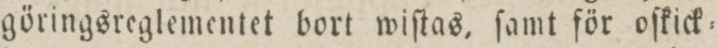
göringsreglementet bort wiſtas, ſamt för oſkick=